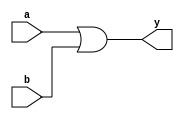
module or_gate(a,b,y);
input a,b;
output y;
or(y,a,b);
endmodule